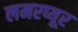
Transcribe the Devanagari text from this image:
लमरप्यूर